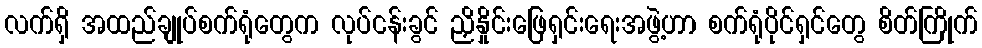
လက်ရှိ အထည်ချုပ်စက်ရုံတွေက လုပ်ငန်းခွင် ညှိနှိုင်းဖြေရှင်းရေးအဖွဲ့ဟာ စက်ရုံပိုင်ရှင်တွေ စိတ်ကြိုက်